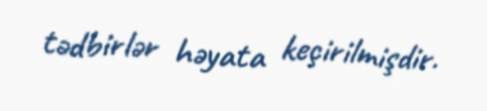
tədbirlər həyata keçirilmişdir.